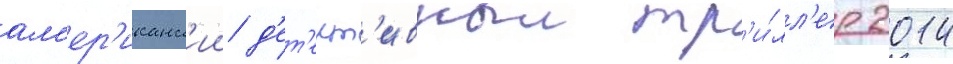
ам'ер'иканск'ии д'ет'ект'ивныи тр'и́лл'ер 2014